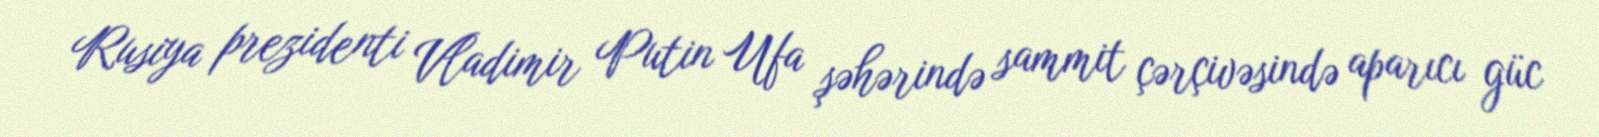
Rusiya prezidenti Vladimir Putin Ufa şəhərində sammit çərçivəsində aparıcı güc